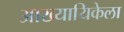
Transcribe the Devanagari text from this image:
आख्यायिकेला